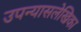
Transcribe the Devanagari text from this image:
उपन्यासलेखिका